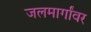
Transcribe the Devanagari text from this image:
जलमार्गांवर